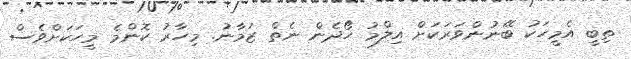
ތިބީ އެމީހަކު ބޭނުންވަރަކަށް އިލްމު ހޯދެން ނެތް ޒަމާނު. މިހާރު ކޮންމެ މީހަކަށްވެސް